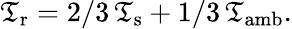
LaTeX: \mathfrak{T}_{\textup{{r}}}=2/3\, \mathfrak{T}_{\textup{{s}}}+1/3\, \mathfrak{T}_{\textup{{amb}}}.